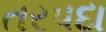
તરપદા